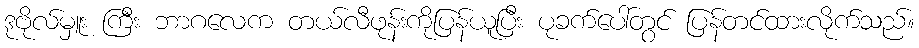
ဒုဗိုလ်မှူး ကြီး ဘာဂလေက တယ်လီဖုန်းကိုပြန်ယူပြီး ပုခက်ပေါ်တွင် ပြန်တင်ထားလိုက်သည်။